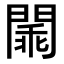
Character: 𨵞